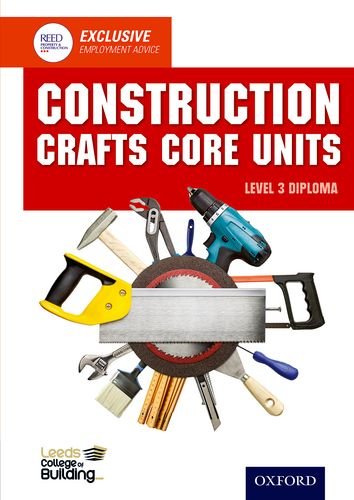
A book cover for Construction Crafts Core Units Level 3 Diploma; Leeds College of Building; Teen & Young Adult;